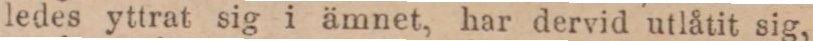
ledes yttrat sig i ämnet, har dervid utlåtit sig,